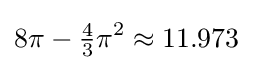
8\pi -{\tfrac {4}{3}}\pi ^{2}\approx 11.973